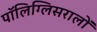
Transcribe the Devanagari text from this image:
पॉलिग्लिसरालों